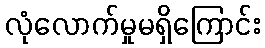
လုံလောက်မှုမရှိကြောင်း